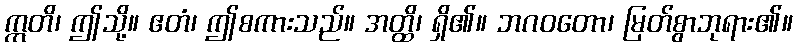
ဣတိ၊ ဤသို့။ ဧတံ၊ ဤစကားသည်။ အတ္ထိ၊ ရှိ၏။ ဘဂဝတော၊ မြတ်စွာဘုရား၏။